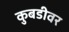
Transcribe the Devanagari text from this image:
कुबडीवर